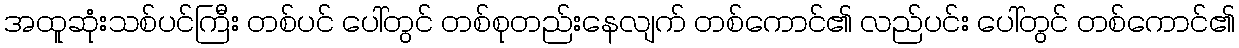
အထူဆုံးသစ်ပင်ကြီး တစ်ပင် ပေါ်တွင် တစ်စုတည်းနေလျက် တစ်ကောင်၏ လည်ပင်း ပေါ်တွင် တစ်ကောင်၏